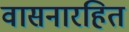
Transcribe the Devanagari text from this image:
वासनारहित